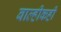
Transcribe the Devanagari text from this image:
बाल्हीकही